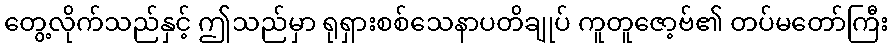
တွေ့လိုက်သည်နှင့် ဤသည်မှာ ရုရှားစစ်သေနာပတိချုပ် ကူတူဇော့ဗ်၏ တပ်မတော်ကြီး